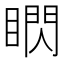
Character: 䁡